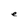
Character: e